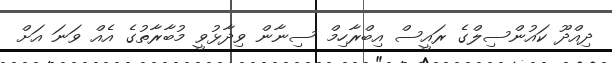
ދިއްދޫ ކައުންސިލްގެ ރައީސް އިބްރާހިމް ސިނާން ވިދާޅުވީ މުބާރާތުގެ އެއް ވަނަ އަށް